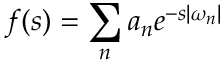
f ( s ) = \sum _ { n } a _ { n } e ^ { - s | \omega _ { n } | }